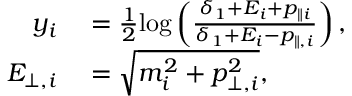
\begin{array} { r l } { y _ { i } } & { { } = \frac { 1 } { 2 } \mathrm { l o g } \left( \frac { \delta _ { 1 } + E _ { i } + p _ { \| i } } { \delta _ { 1 } + E _ { i } - p _ { \| , i } } \right) , } \\ { E _ { \perp , i } } & { { } = \sqrt { m _ { i } ^ { 2 } + p _ { \perp , i } ^ { 2 } } , } \end{array}